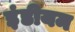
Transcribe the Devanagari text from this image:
इंडीयम